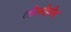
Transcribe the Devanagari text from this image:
शोलोहोव